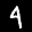
Label: 4